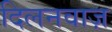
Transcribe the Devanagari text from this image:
दिलनवाज़